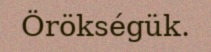
Örökségük.